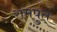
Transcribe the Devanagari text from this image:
रामपुत्